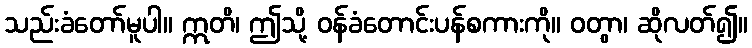
သည်းခံတော်မူပါ။ ဣတိ၊ ဤသို့ ဝန်ခံတောင်းပန်စကားကို။ ဝတွာ၊ ဆိုလတ်၍။